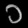
Digit: ၁